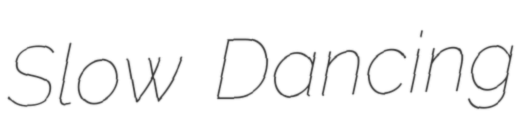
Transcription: Slow Dancing